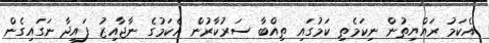
އެކަމު ރައްޔިތުން ނިކަމެތި ކަމުގައި ތިއްބާ ސަރުކާރުން އެކަމުގެ ނާޖާއިޒު ފައިދާ ނަގައިގެން